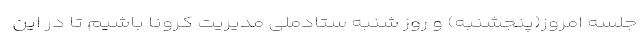
جلسه امروز(پنجشنبه) و روز شنبه ستادملی مدیریت کرونا باشیم تا در این